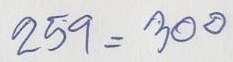
259 = 300